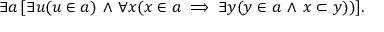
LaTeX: \exists a \, [ \exists u ( u \in a ) \, \land \, \forall x ( x \in a \implies \exists y ( y \in a \, \land \, x \subset y ) ) ] .